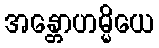
အန္တောဟမ္မိယေ